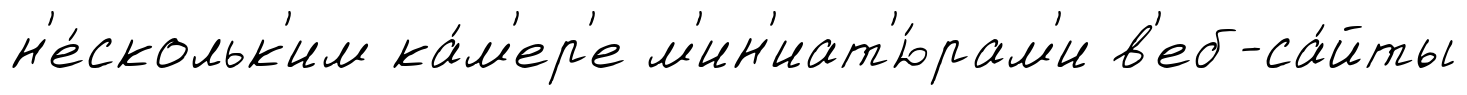
н'е́скольк'им ка́м'ер'е м'ин'иат'ю́рам'и в'еб-са́йты